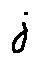
j